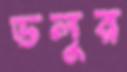
ডলুর